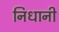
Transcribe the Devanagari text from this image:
निधानी